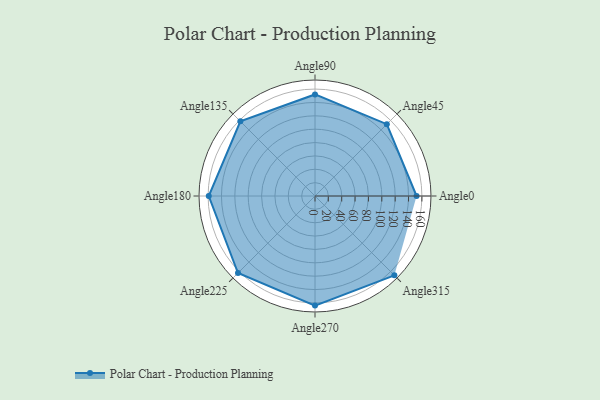
{"axis": {"x": "Angle", "y": "Radius"}, "legend": [""], "data": [{"x": "Angle0", "y": 152.0, "type": ""}, {"x": "Angle45", "y": 152.0, "type": ""}, {"x": "Angle90", "y": 152.0, "type": ""}, {"x": "Angle135", "y": 158.0, "type": ""}, {"x": "Angle180", "y": 159.0, "type": ""}, {"x": "Angle225", "y": 163.0, "type": ""}, {"x": "Angle270", "y": 164.0, "type": ""}, {"x": "Angle315", "y": 168.0, "type": ""}]}